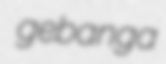
gebanga